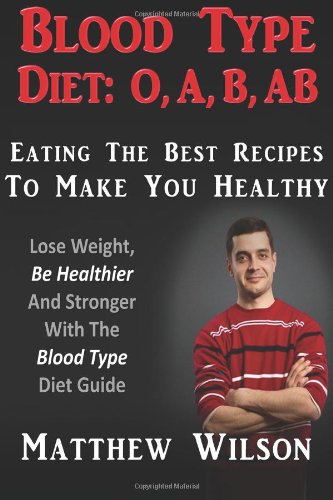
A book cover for Blood Type Diet: O, A, B, AB Eating The Best Recipes To Make You Healthy: Lose Weight, Be Healthier And Stronger With The Blood Type Diet Guide; Matthew Wilson; Health, Fitness & Dieting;